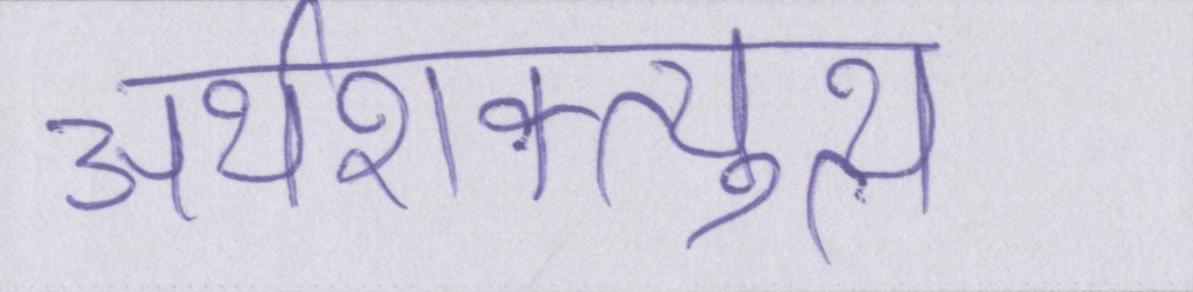
अर्थशक्त्युत्थ